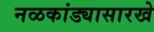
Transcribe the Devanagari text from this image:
नळकांड्यासारखे